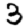
Digit: 3